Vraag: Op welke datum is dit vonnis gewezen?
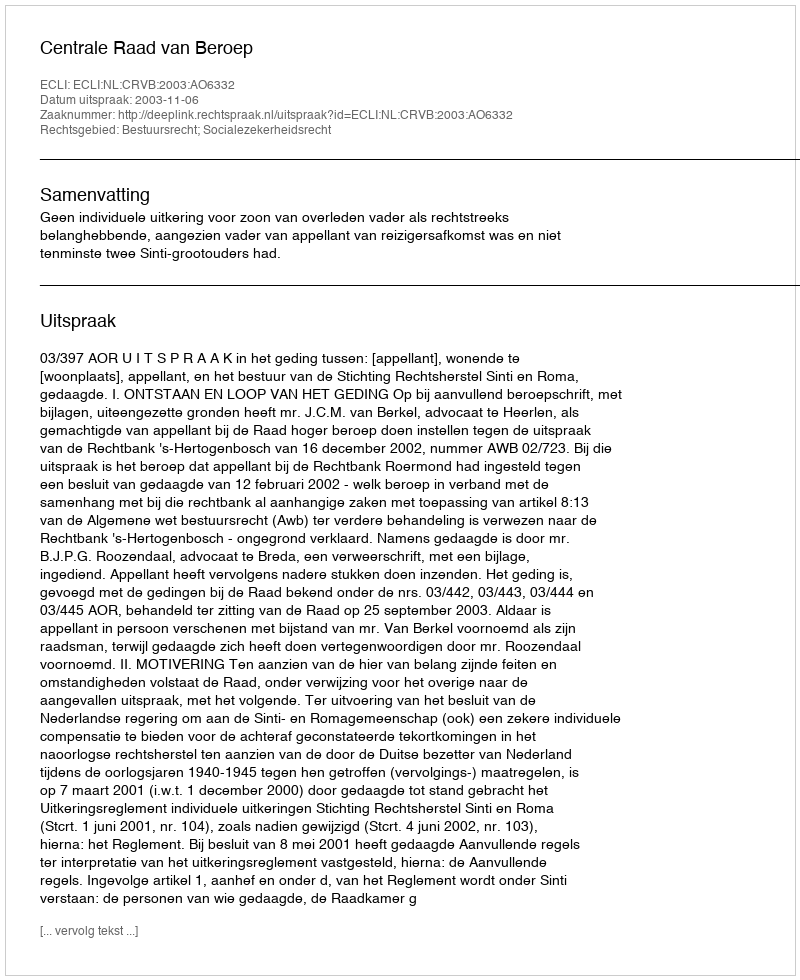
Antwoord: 2003-11-06